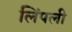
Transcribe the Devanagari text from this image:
लिंपली